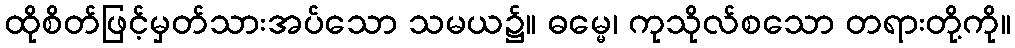
ထိုစိတ်ဖြင့်မှတ်သားအပ်သော သမယ၌။ ဓမ္မေ၊ ကုသိုလ်စသော တရားတို့ကို။